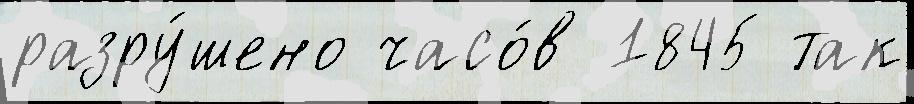
разру́шено часо́в 1845 так